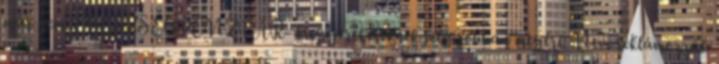
már nem. EGÉSZSÉGPÉNZTÁR- kisgyerekeseknek még jobban megéri: Nem reklámozzák